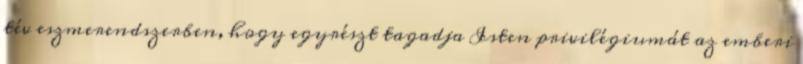
tév esz­merend­szerben, hogy egyrészt tagadja Isten privilégiumát az em­be­ri